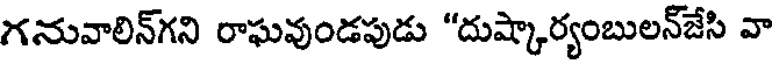
గనువాలిన్గని రాఘవుండపుడు "దుష్కార్యంబులన్జేసి వా